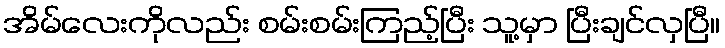
အိမ်လေးကိုလည်း စမ်းစမ်းကြည့်ပြီး သူ့မှာ ပြီးချင်လှပြီ။